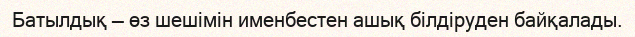
Батылдық — өз шешімін именбестен ашық білдіруден байқалады.